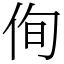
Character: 侚